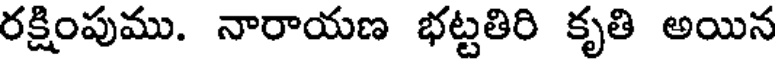
రక్షింపుము. నారాయణ భట్టతిరి కృతి అయిన